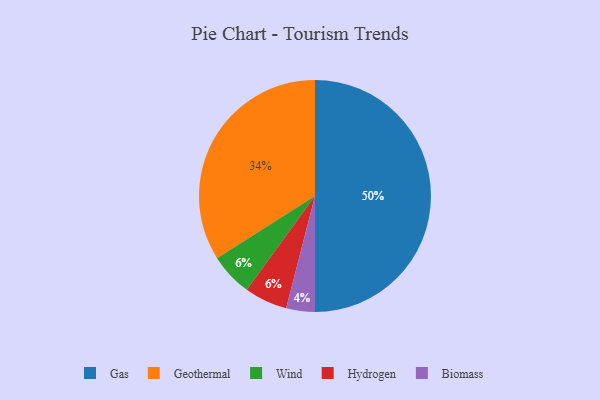
{"axis": {"x": "Category", "y": "Percentage"}, "legend": ["Biomass", "Gas", "Geothermal", "Hydrogen", "Wind"], "data": [{"x": "Wind", "y": 6, "type": "Wind"}, {"x": "Gas", "y": 50, "type": "Gas"}, {"x": "Geothermal", "y": 34, "type": "Geothermal"}, {"x": "Hydrogen", "y": 6, "type": "Hydrogen"}, {"x": "Biomass", "y": 4, "type": "Biomass"}]}